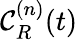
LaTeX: {\mathcal C}_{R}^{(n)}(t)